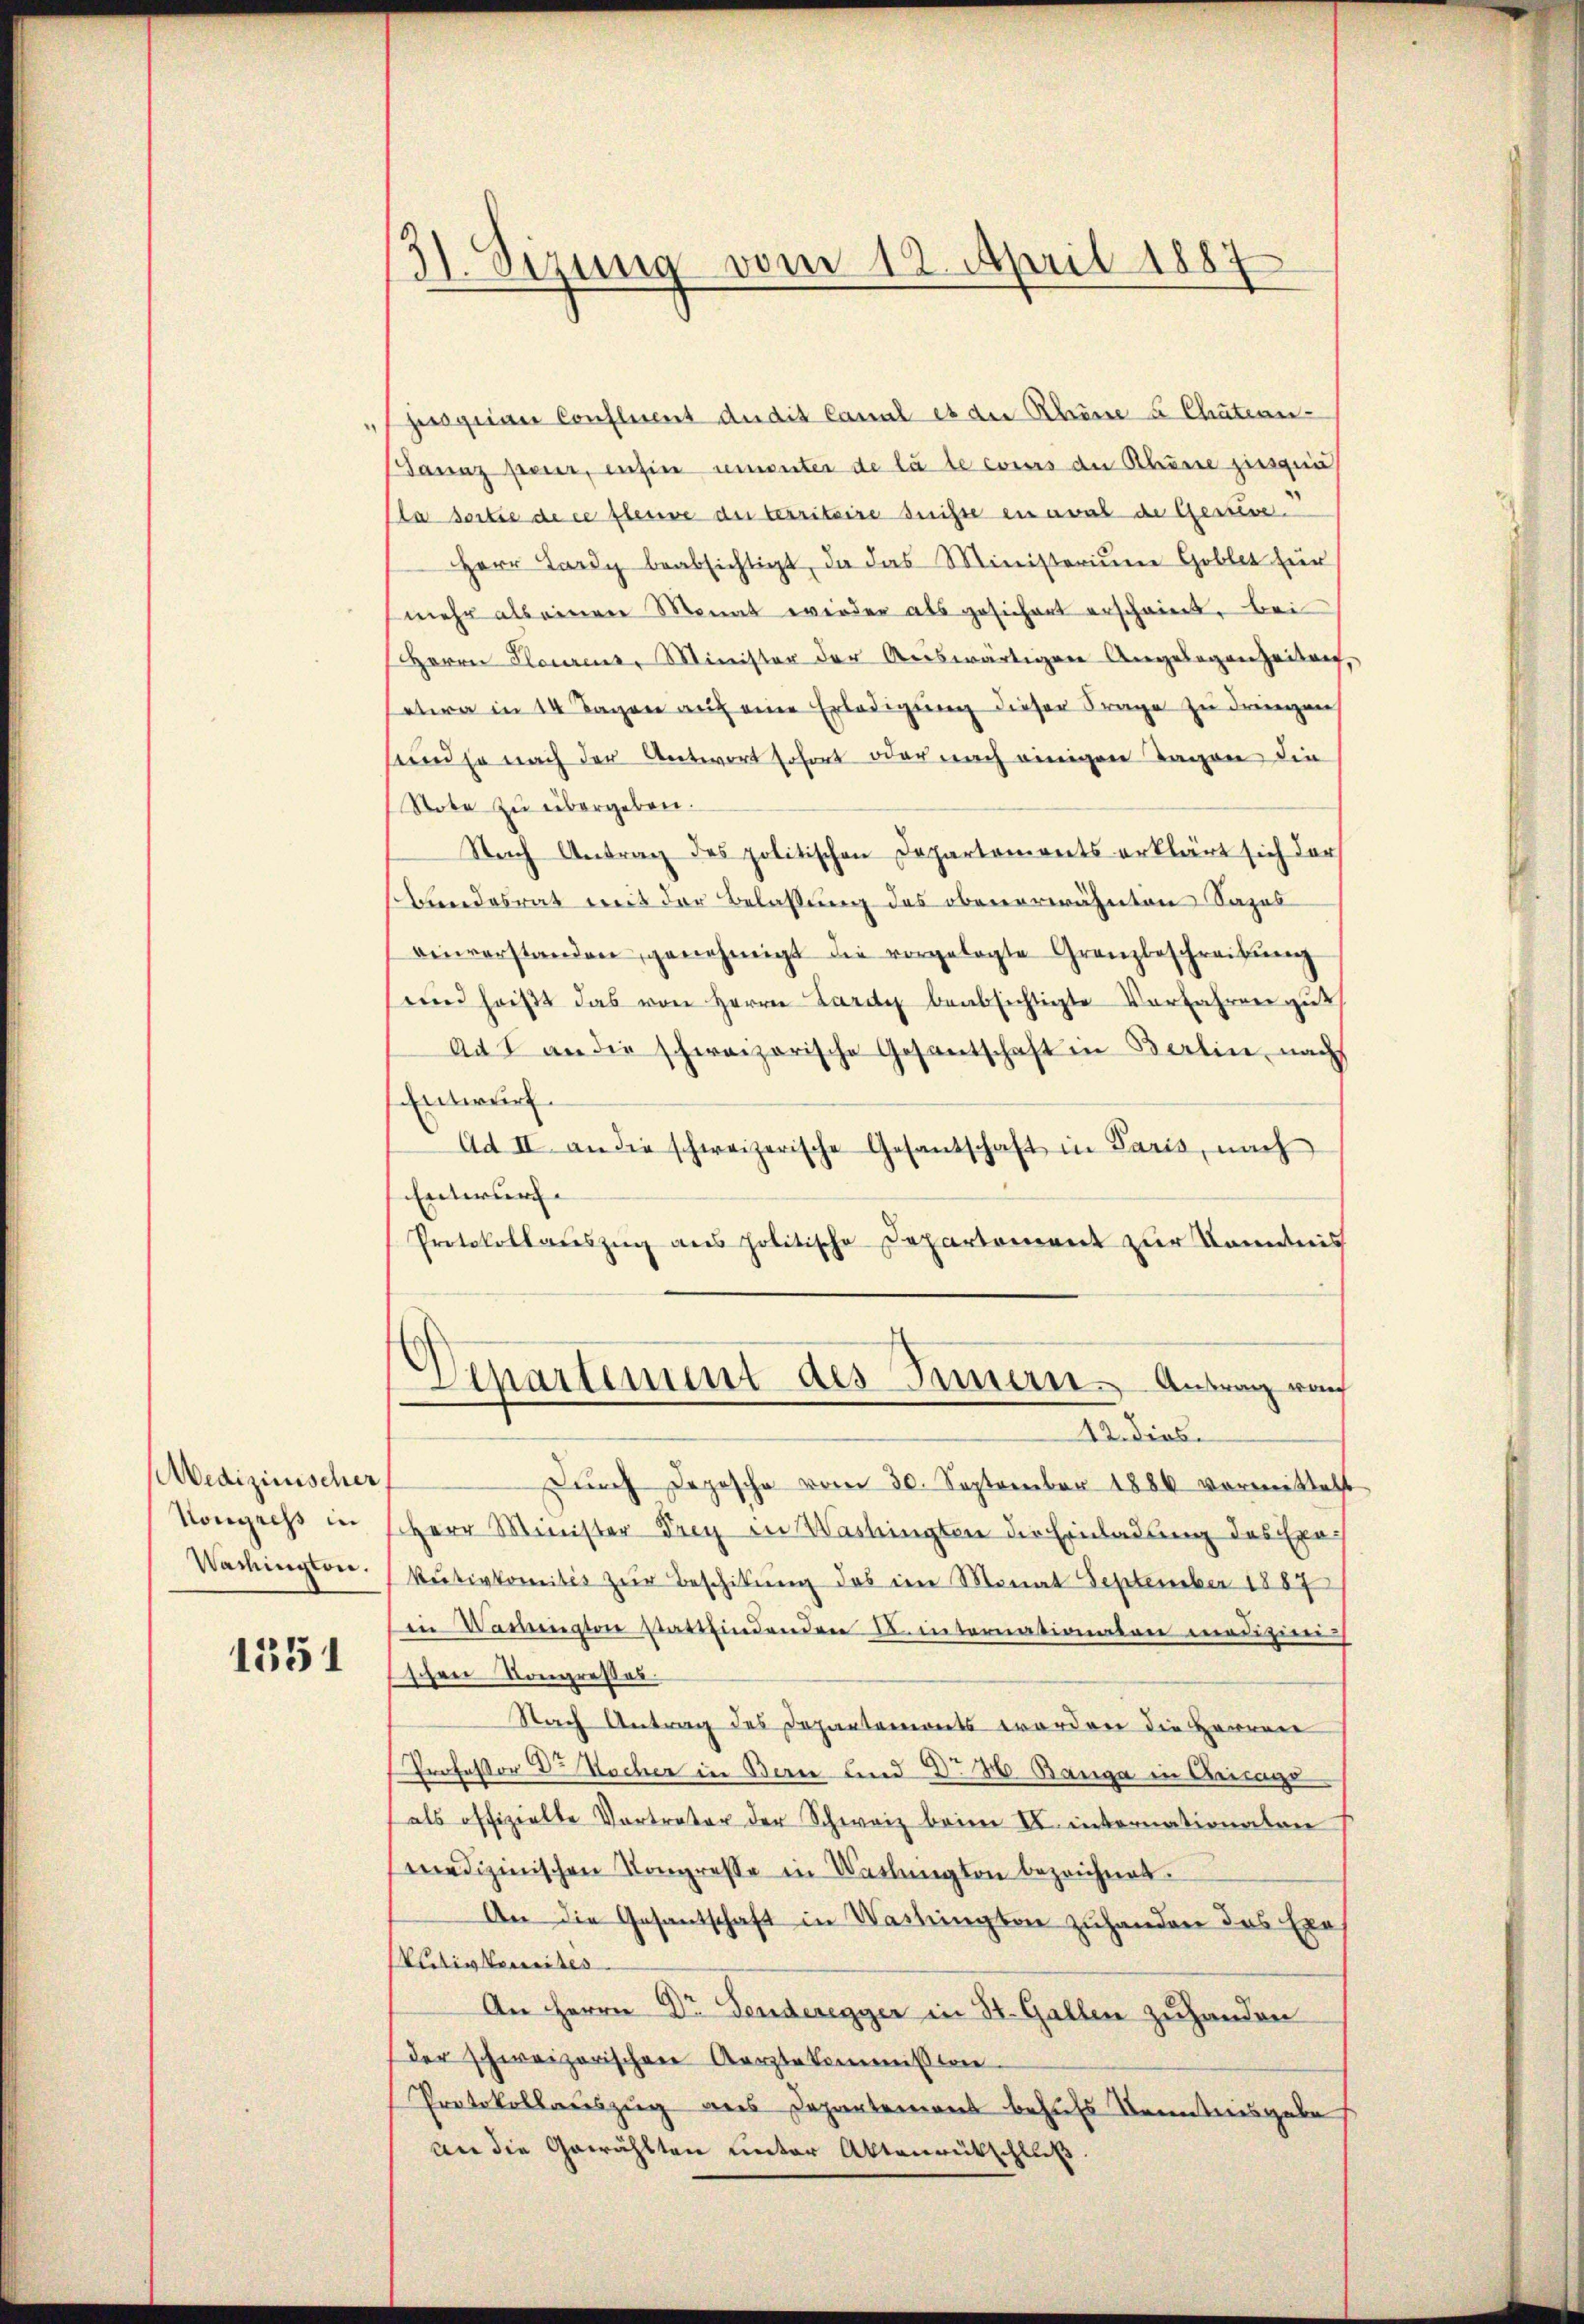
Medizinischer
Kongress in
Wachington.

1351

3). Sizung vom 12. April 1889

hes geige Confluent dudit Canal es die Rhume u Chätern-
Tanz pauer, inhin ununter de la le cours der Rhume jungen,
Pla seite de ce fleine an territaire suchte en anal de Gewise
Herr Lardy beabsichtigt, da das Ministerium Goblet für
mehr als einen Monat wieder als gesichert erscheint, bei
HHerrn Plaurenz, Minister der Auswärtigen Angelegenheiten,
etwa in 14 Tagen auf eine Erledigung dieser Frage zu dringen
sund ja nach der Antwort sofort oder nach einigen Tagen die
Note zu übergeben.
Nach Antrag des politischen Departements erklärt sich der
bundesrat mit der Belassung des obenerwähnten Sapos
einverstanden genehmigt die vorgelegte Grenzbeschreibŭng
wind heißt das von Herrn Lardy beabsichtigte Vorfahren gut
Ad 1 an die schweizerische Gesantschaft in Berlin, nach
Entwurf.
Ad II an die schweizerische Gesantschaft in Paris, nach
Entwurf
Protokollauszug aus politische Departement zur Kenntnis
Denartement des Innern. Antrag von
12. dies
dŭrch Depesche vom 30. September 1886 vormittelt
Herr Minister Frey in Washingten die Einladung des Exekutivkomites zur Beschikung des im Monat September 1887
in Vormengten stattfindenden u. internationalen medizini
schen Kongressel
Nach Antrag des Departemonts worden die Herren
Professor Dr Wocher in Berne und Dr H. Banga in Crisage
als offizielte Vortreter der Schweiz beim II. internationaten
smedizinischen Kongresse in Verlangton bezeichnet.
An die Gesantschaft in Washington zuhanden das Exe
ltigkeites
An Herrn Dr Tenderegger in St. Gallen zuhanden
der schweizerischen Aerztekommission.
Protokollauszug aus Departemons behufs Kenntnisgabe
an die Gewählten unter Aktenrütschluß.